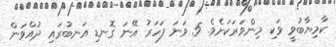
ކާމިޔާބުވީ ވަކި މިންވަރަކަށެވެ. 5 ވަނަ ފަހަރު އޭނަ ގޮނޑި އަނބުރައި ދުއްވަން